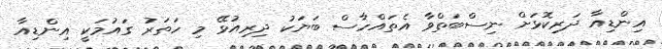
އިންޑިއާ ދަރިކޮޅަށް ނިސްބަތްވާ އެތައްހާސް ބަޔަކު ދިރިއުޅޭ މި ހަތަރު ގައުމަކީ އިންޑިއާ